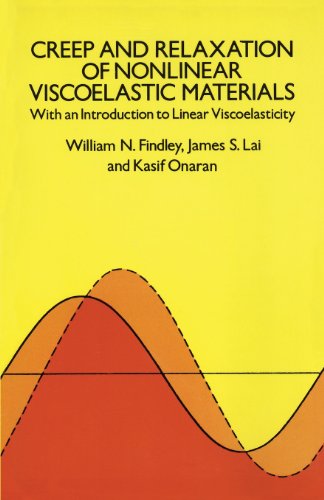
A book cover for Creep and Relaxation of Nonlinear Viscoelastic Materials (Dover Civil and Mechanical Engineering); William N. Findley; Science & Math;